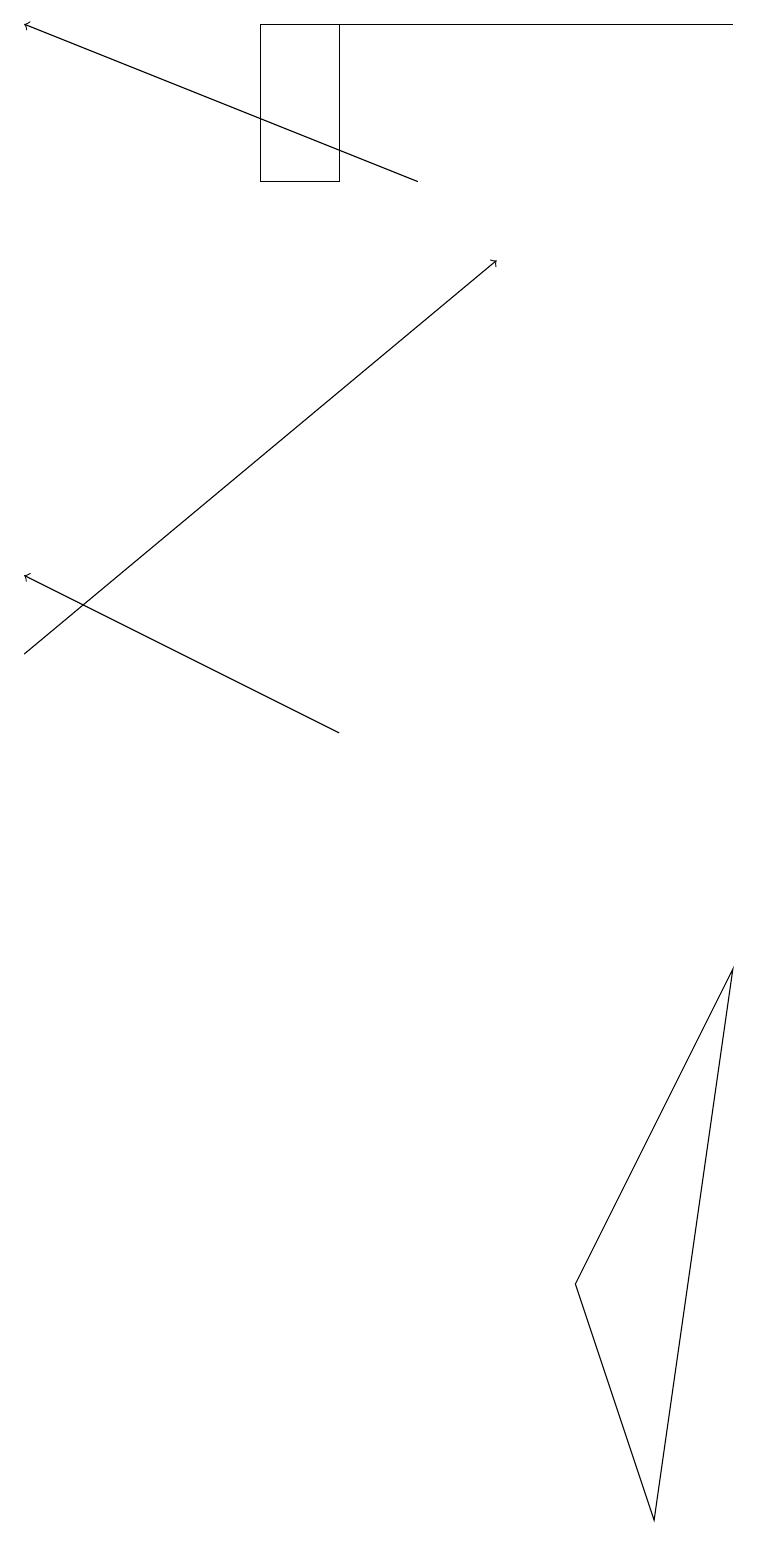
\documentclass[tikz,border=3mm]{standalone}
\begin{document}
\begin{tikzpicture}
\draw (4,19) rectangle (3,17);
\draw[->] (4,10) -- (0,12);
\draw (9,19) rectangle (3,19);
\draw[->] (5,17) -- (0,19);
\draw (9,7) -- (8,0) -- (7,3) -- cycle;
\draw[->] (0,11) -- (6,16);
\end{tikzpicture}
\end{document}